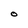
Character: O